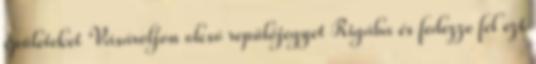
épületeket Vásároljon olcsó repülőjegyet Rigába és fedezze fel ezt